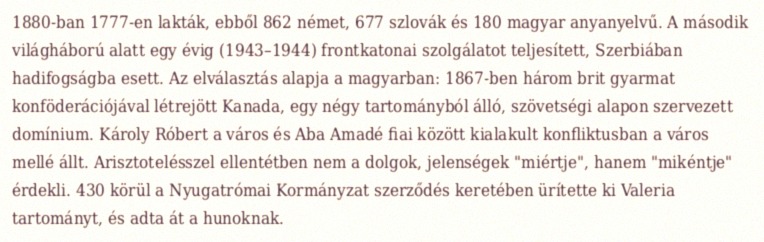
1880-ban 1777-en lakták, ebből 862 német, 677 szlovák és 180 magyar anyanyelvű. A második világháború alatt egy évig (1943–1944) frontkatonai szolgálatot teljesített, Szerbiában hadifogságba esett. Az elválasztás alapja a magyarban: 1867-ben három brit gyarmat konföderációjával létrejött Kanada, egy négy tartományból álló, szövetségi alapon szervezett domínium. Károly Róbert a város és Aba Amadé fiai között kialakult konfliktusban a város mellé állt. Arisztotelésszel ellentétben nem a dolgok, jelenségek "miértje", hanem "mikéntje" érdekli. 430 körül a Nyugatrómai Kormányzat szerződés keretében ürítette ki Valeria tartományt, és adta át a hunoknak.